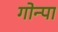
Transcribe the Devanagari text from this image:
गोन्पा